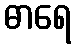
ဓာရေ